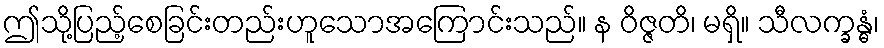
ဤသို့ပြည့်စေခြင်းတည်းဟူသောအကြောင်းသည်။ န ဝိဇ္ဇတိ၊ မရှိ။ သီလက္ခန္ဓံ၊